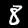
Digit: 8